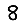
Digit: 8